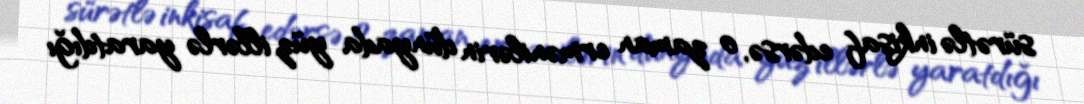
sürətlə inkişaf edərsə, o zaman ermənilərin dünyada yüz illərlə yaratdığı